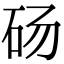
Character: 砀